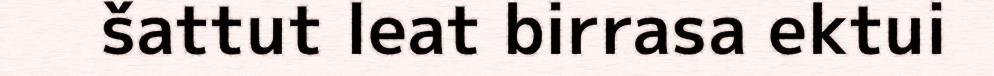
šattut leat birrasa ektui